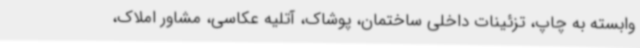
وابسته به چاپ، تزئینات داخلی ساختمان، پوشاک، آتلیه عکاسی، مشاور املاک،